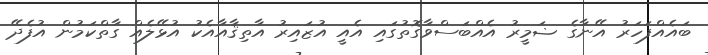
ބައެއްފަހަރު އޭނާގެ ޟަމީރު އެއްބަސްވާގޮތުގައި އެއީ އުޒައިރު އާތިޤާއާއެކު އުޅޭލެއް ގާތްކަމުން އުފެދޭ